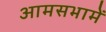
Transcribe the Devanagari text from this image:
आमसभामें